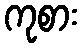
ကုစား